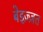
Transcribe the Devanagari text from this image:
बेइज़्ज़त